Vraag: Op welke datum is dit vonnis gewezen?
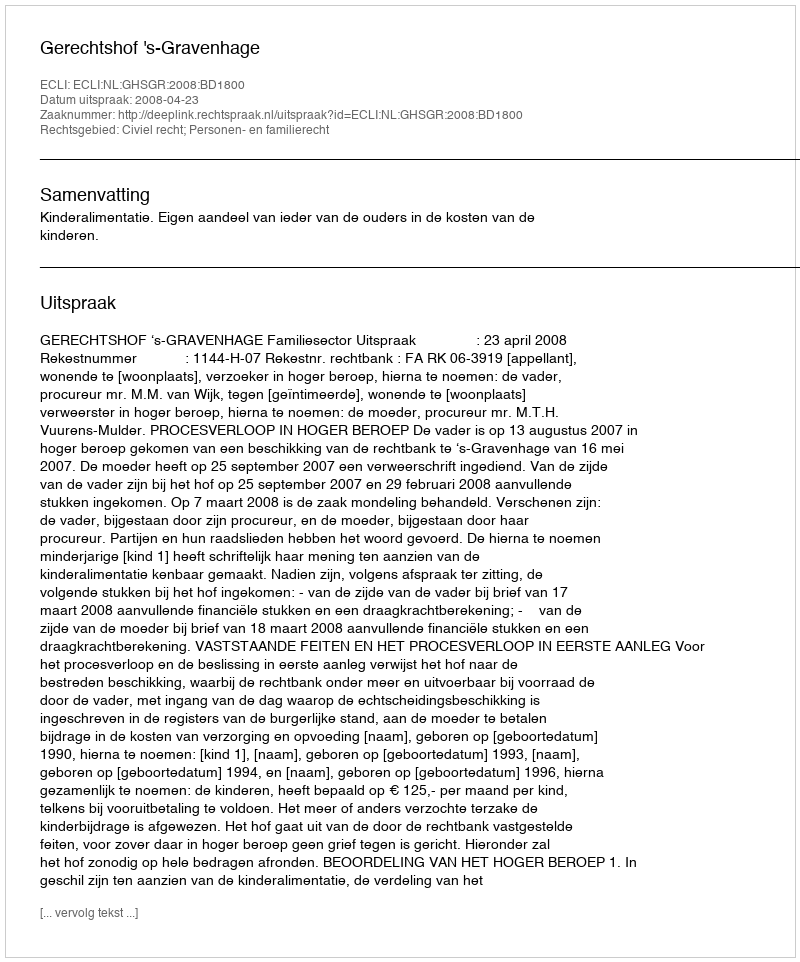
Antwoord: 2008-04-23